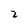
Character: 2